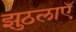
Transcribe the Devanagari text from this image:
झुठलाएॅ